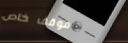
موقف خاص